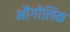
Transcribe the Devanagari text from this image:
भौगोलिक